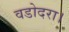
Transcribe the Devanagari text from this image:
वडोदरा।